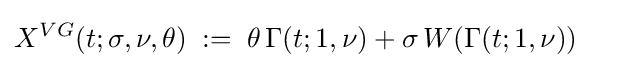
X^{VG}(t;\sigma ,\nu ,\theta )\;:=\;\theta \,\Gamma (t;1,\nu )+\sigma \,W(\Gamma (t;1,\nu ))\quad